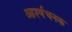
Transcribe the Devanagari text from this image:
आर्श्यचनक